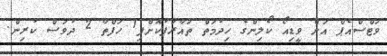
ވަޓްސްއެޕް އަށް ވީޑިއޯ ކޯލިންގެ ހިދުމަތް ތައާރަފުކޮށްފި1 ހަފްތާ 2 ދުވަސް ކުރިން.